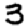
Digit: 3